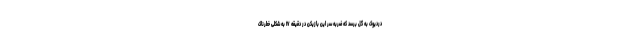
دردیوک به گل برسد که ضربه سر این بازیکن در دقیقه ۱۷ به شکلی خطرناک